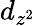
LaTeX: d_{z^{2}}